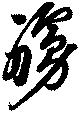
艣